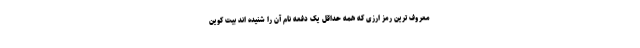
معروف ترین رمز ارزی که همه حداقل یک دفعه نام آن را شنیده اند بیت کوین